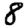
Digit: 8